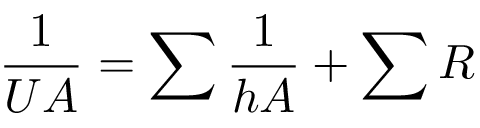
{ \frac { 1 } { U A } } = \sum { \frac { 1 } { h A } } + \sum R